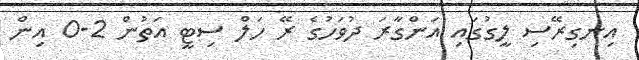
އިނގިރޭސި ލީގުގައި އަންގާރަ ދުވަހުގެ ރޭ ހަލް ސިޓީ އަތުން 2-0 އިން